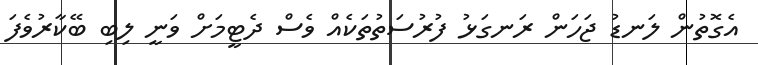
އެގޮތުން ލަނޑު ޖަހަން ރަނގަޅު ފުރުސަތުތަކެއް ވެސް ދެޓީމަށް ވަނީ ލިބި ބޭކާރުވެފަ